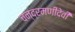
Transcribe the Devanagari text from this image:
चन्द्रमणीदेवी